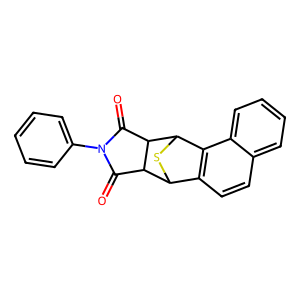
SMILES: O=C1C2C3SC(c4c3ccc3ccccc43)C2C(=O)N1c1ccccc1
Inhibits HIV replication: No